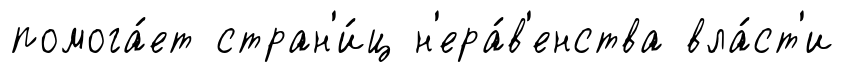
помога́ет стран'и́ц н'ера́в'енства вла́ст'и